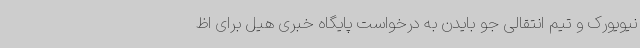
نیویورک و تیم انتقالی جو بایدن به درخواست پایگاه خبری هیل برای اظ